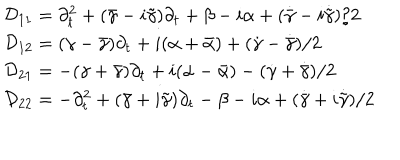
LaTeX: \begin{array} { l } { { { \cal D } _ { 1 1 } = \partial _ { t } ^ { 2 } + ( \bar { \gamma } - i \tilde { \gamma } ) \partial _ { t } + \beta - i \alpha + ( \dot { \bar { \gamma } } - i \dot { \tilde { \gamma } } ) / 2 } } \\ { { { \cal D } _ { 1 2 } = ( \gamma - \bar { \gamma } ) \partial _ { t } + i ( \alpha + \bar { \alpha } ) + ( \dot { \gamma } - \dot { \bar { \gamma } } ) / 2 } } \\ { { { \cal D } _ { 2 1 } = - ( \gamma + \bar { \gamma } ) \partial _ { t } + i ( \alpha - \bar { \alpha } ) - ( \dot { \gamma } + \dot { \bar { \gamma } } ) / 2 } } \\ { { { \cal D } _ { 2 2 } = - \partial _ { t } ^ { 2 } + ( \bar { \gamma } + i \tilde { \gamma } ) \partial _ { t } - \beta - i \alpha + ( \dot { \bar { \gamma } } + i \dot { \tilde { \gamma } } ) / 2 } } \\ \end{array}